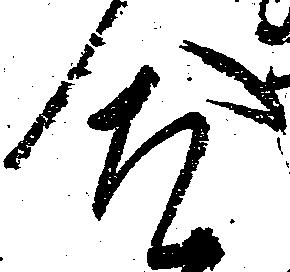
合